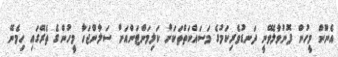
އެނޫން މީހުން ފޮނުވާލެވޭނީ ދަނޑުވެރިކަމުގެ މަސައްކަތްތަކަށް ކަލިމަންޓަންއަށް ސަލާންޖަހާ މީހުންގެ ތެރޭގައި ހިމެނޭ